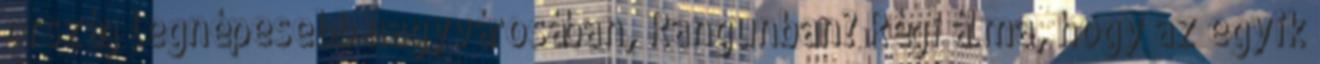
ország legnépesebb nagyvárosában, Rangunban? Régi álma, hogy az egyik